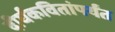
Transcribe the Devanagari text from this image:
दीर्घकवितांपर्यंत